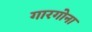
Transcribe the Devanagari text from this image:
गारगोना